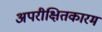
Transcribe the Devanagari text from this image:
अपरीक्षितकारम